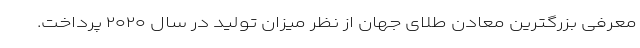
معرفی بزرگترین معادن طلای جهان از نظر میزان تولید در سال ۲۰۲۰ پرداخت.